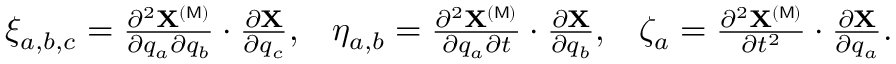
\begin{array} { l l l } { \xi _ { a , b , c } = \frac { \partial ^ { 2 } { \bf X } ^ { ( \mathsf { M } ) } } { \partial q _ { a } \partial q _ { b } } \cdot \frac { \partial { \bf X } } { \partial q _ { c } } , } & { \eta _ { a , b } = \frac { \partial ^ { 2 } { \bf X } ^ { ( \mathsf { M } ) } } { \partial q _ { a } \partial t } \cdot \frac { \partial { \bf X } } { \partial q _ { b } } , } & { \zeta _ { a } = \frac { \partial ^ { 2 } { \bf X } ^ { ( \mathsf { M } ) } } { \partial t ^ { 2 } } \cdot \frac { \partial { \bf X } } { \partial q _ { a } } . } \end{array}